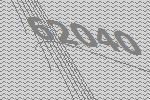
62040